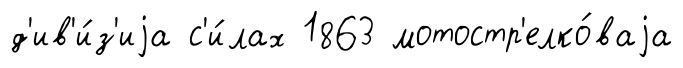
д'ив'и́з'иjа с'и́лах 1863 мотостр'елко́ваjа